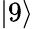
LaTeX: \lvert 9\rangle